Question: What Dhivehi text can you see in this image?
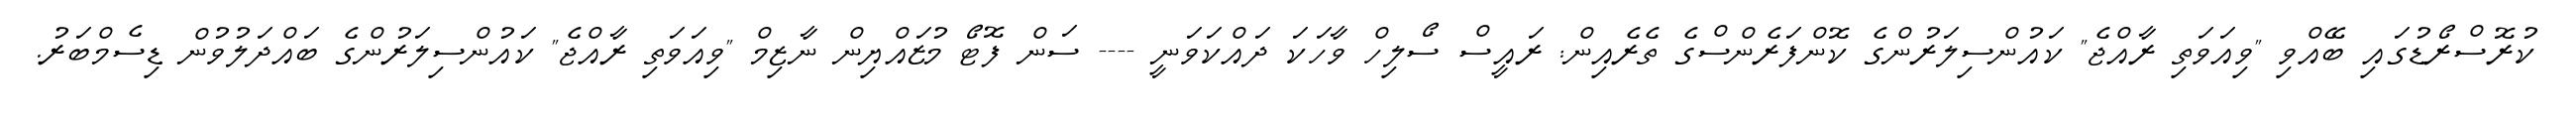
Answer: ކުރޮސްރޯޑުގައި ބޭއްވި "ވިއަވަތި ރާއްޖެ" ކައުންސިލަރުންގެ ކޮންފަރެންސްގެ ތެރެއިން: ރައީސް ސޯލިހް ވާހަކަ ދައްކަވަނީ ---- ސަން ފޮޓޯ މުޒައްޔިން ނާޒިމް "ވިއަވަތި ރާއްޖެ" ކައުންސިލަރުންގެ ބައްދަލުވުން ޑިސެމްބަރު.